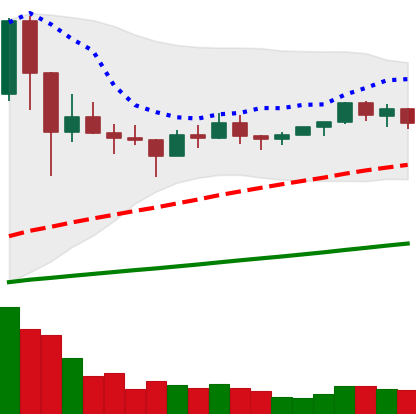
Ticker: NEO-USD
Chart end date: 2021-03-12
Forward return: 15.454%
Label: up_7plus